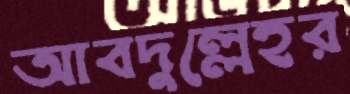
আবদুল্লেহর